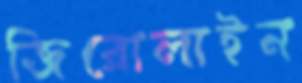
জিরোলাইন